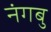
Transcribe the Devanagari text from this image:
नंगबु